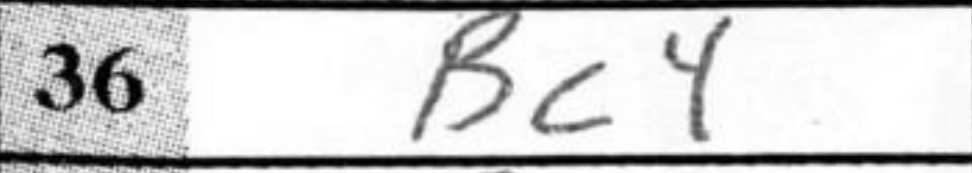
Transcription: Bc4